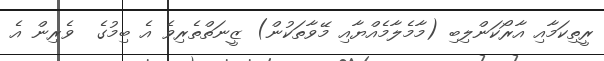
ރީތިކަމާއި އާރޯކަންލިބި (މާމެލާމެއްޔާއި މޭވާތަކުން) ޒީނަތްތެރިވެ އެ ބިމުގެ  ވެރިން އެ